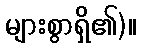
များစွာရှိ၏)။